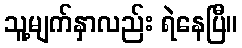
သူ့မျက်နှာလည်း ရဲနေပြီ။